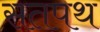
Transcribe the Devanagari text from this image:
सतपथ